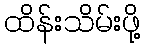
ထိန်းသိမ်းဖို့